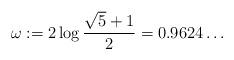
LaTeX: \begin{align*} \omega := 2 \log \frac{\sqrt{5} + 1}{2} = 0.9624\ldots\end{align*}